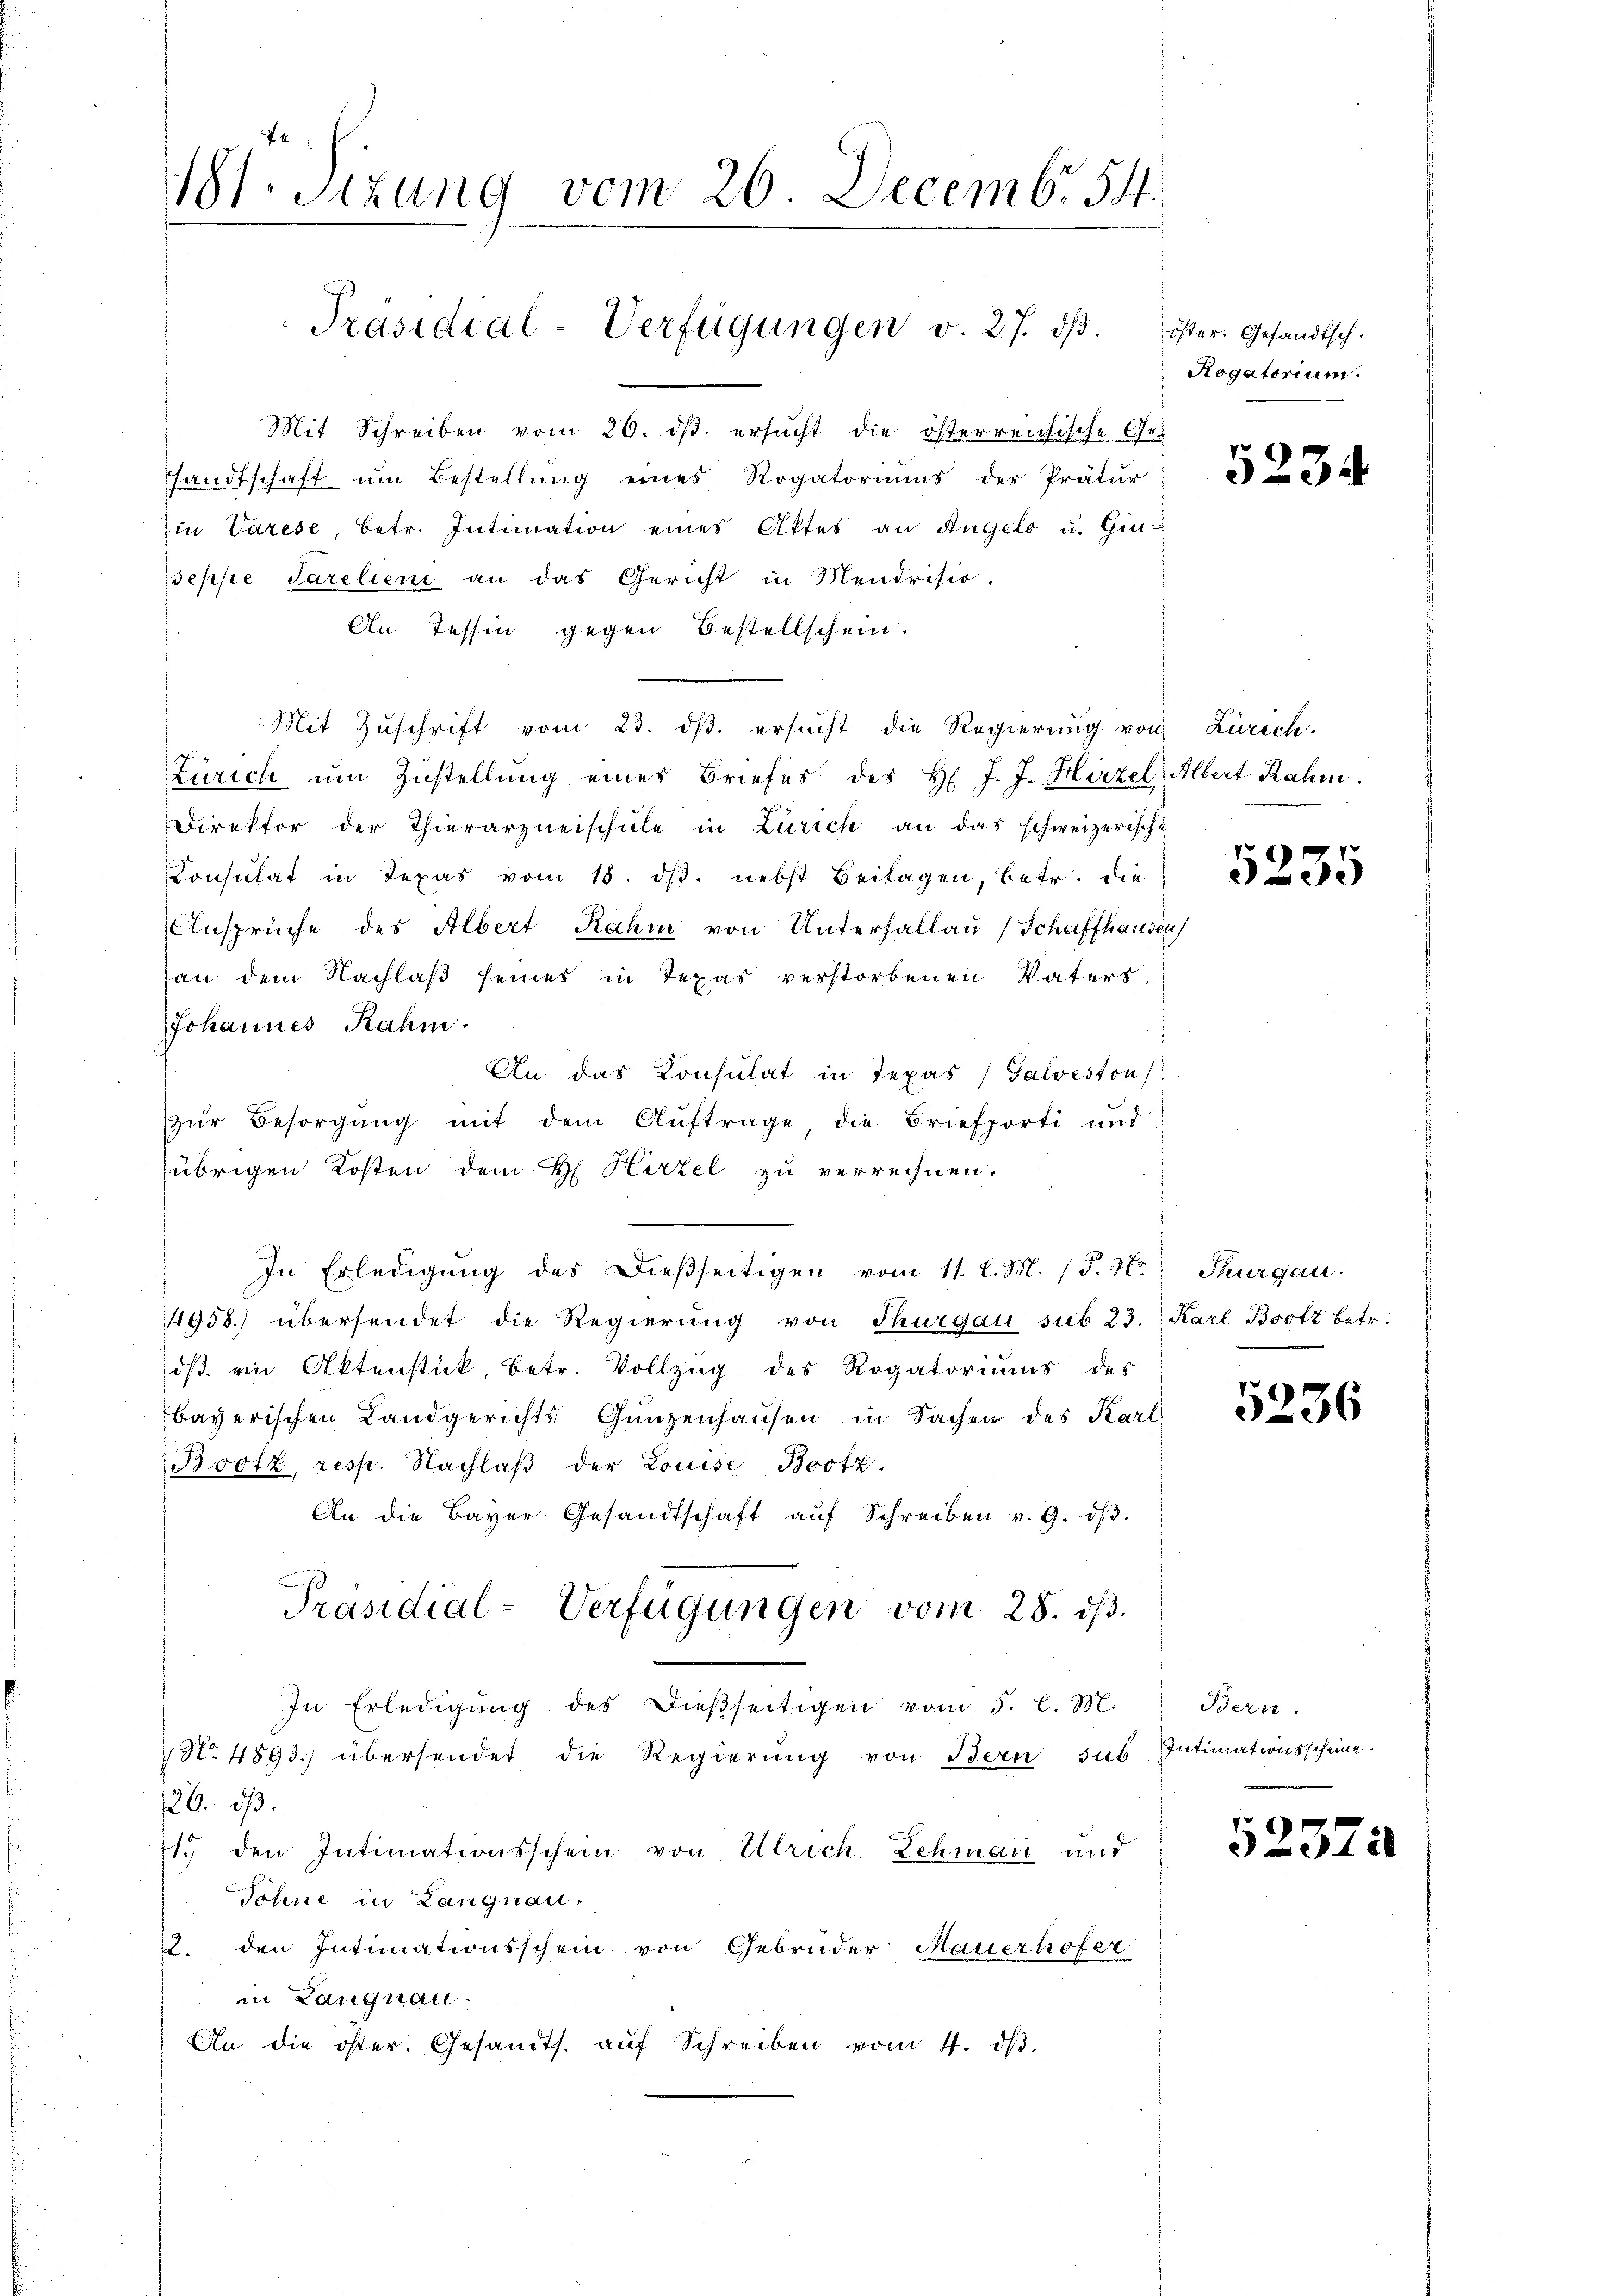
181. Sizung vom 26. Decemb. 54.
Präsidial-Verfügungen v. 27. dβ.

Mit Schreiben vom 26. ds. ersŭcht die österreichische Ge-
sandtschaft um Bestellung eines Rogatoriums der Prätur
in Varese, betr. Intimation eines Aktes an Angelo u. Ginseppe Parelieni an das Gericht in Mendrisio.
An Tessin gegen Bestellschein.
Mit Zuschrift vom 23. ds. ersucht die Regierung von Zürich-
Zürich ŭm Zŭstellŭng eines Briefes des H. J. J. Hirzel, Albert Rahm.
direktor der Thierarzneischule in Zürich an das schweizerische
Consulat in Texas vom 18. dβ. nebst Beilagen, betr. die
Ansprüche des Albert Rahm von Unterhallau (Schaffhausen
son dem Nachlaß seines in Texas verstorbenen Vaters
Johannes Rahm.
An das Konsulat in Texas / Galveston)
zŭr Besorgŭng mit dem Aŭftrage, die Briefporti und
übrigen Kosten dem H. Hirzel zu verrechnen.
In Erledigŭng des dießseitigen vom 11. l. M. (T. 4t. Thurgau.
4958.) übersendet die Regierung von Thurgau sub 23., Karl Bootz betr.
dß ein Aktenstück, betr. Vollzug des Rogatoriums des
bayerischen Landgerichts Ganzenhausen in Sachen des Karl
Bootz, resp. Nachlaß der Louise Bootz.
An die Bayer. Gesandtschaft aŭf Schreiben v. 9. dβ.
Präsidial-Verfügungen vom 28. ds.
In Erledigŭng des dießseitigen vom 5. l. M.
 No. 4893) übersendet die Regierŭng von Bern sub Intimationsscheine.
126. dβ.
1. den Intimationsschein von Ulrich Lehmann und
Jöhne in Langnau.
2. den Intimationsschein von Gebrüder Mauerhofer
in Langnau.
An die öster. Gesandts. aŭf Schreiben vom 4. dβ.

öster. Gesandtsch.
Rogatorium.

5234

5235

5236

Bern.

52373